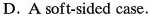
D. A soft-sided case.